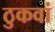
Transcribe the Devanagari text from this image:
ठुकवां